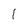
Character: 1